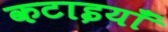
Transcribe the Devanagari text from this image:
कटाइयाँ